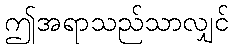
ဤအရာသည်သာလျှင်